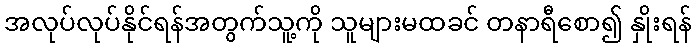
အလုပ်လုပ်နိုင်ရန်အတွက်သူ့ကို သူများမထခင် တနာရီစော၍ နှိုးရန်